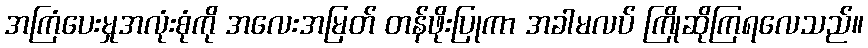
အကြံပေးမှုအလုံးစုံကို အလေးအမြတ် တန်ဖိုးပြုကာ အခါမလပ် ကြိုဆိုကြရလေသည်။